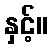
နှင့်။